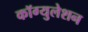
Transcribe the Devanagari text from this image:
कॉग्युलेशन